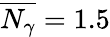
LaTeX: \overline{{N_{\gamma}}}=1.5